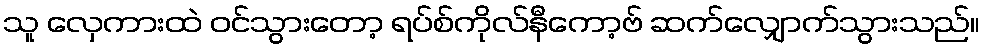
သူ လှေကားထဲ ဝင်သွားတော့ ရပ်စ်ကိုလ်နီကော့ဗ် ဆက်လျှောက်သွားသည်။